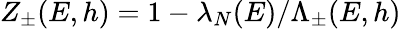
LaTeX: Z_{\pm}(E,h)=1-\lambda_{N}(E)/\Lambda_{\pm}(E,h)